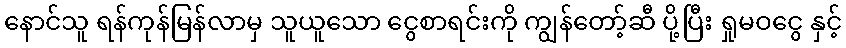
နောင်သူ ရန်ကုန်မြန်လာမှ သူယူသော ငွေစာရင်းကို ကျွန်တော့်ဆီ ပို့ပြီး ရှုမဝငွေ နှင့်